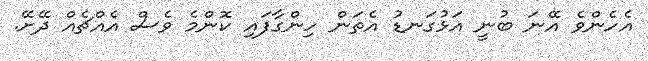
އެހެންވެ އޭނަ ބުނީ އަޅުގަނޑު އެތަން ހިންގާފައި ކޮންމެ ވެސް އެއްޗެއް ދޭށޭ.